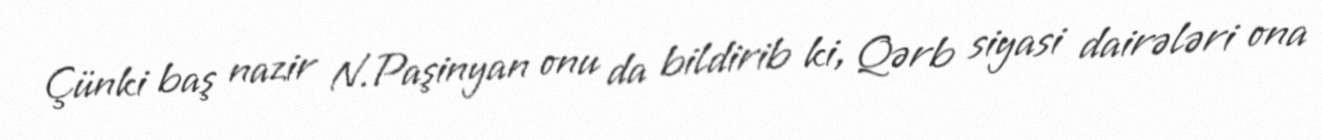
Çünki baş nazir N.Paşinyan onu da bildirib ki, Qərb siyasi dairələri ona